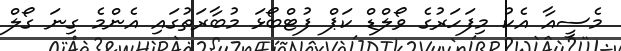
މެސީއާ އެކު މިފަހަރުގެ ވޯލްޑް ކަޕް ފުޓްބޯޅަ މުބާރަތުގައި އެންމެ ގިނަ ގޯލް